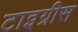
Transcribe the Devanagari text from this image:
टाइग्रीस